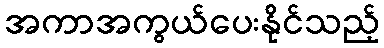
အကာအကွယ်ပေးနိုင်သည့်